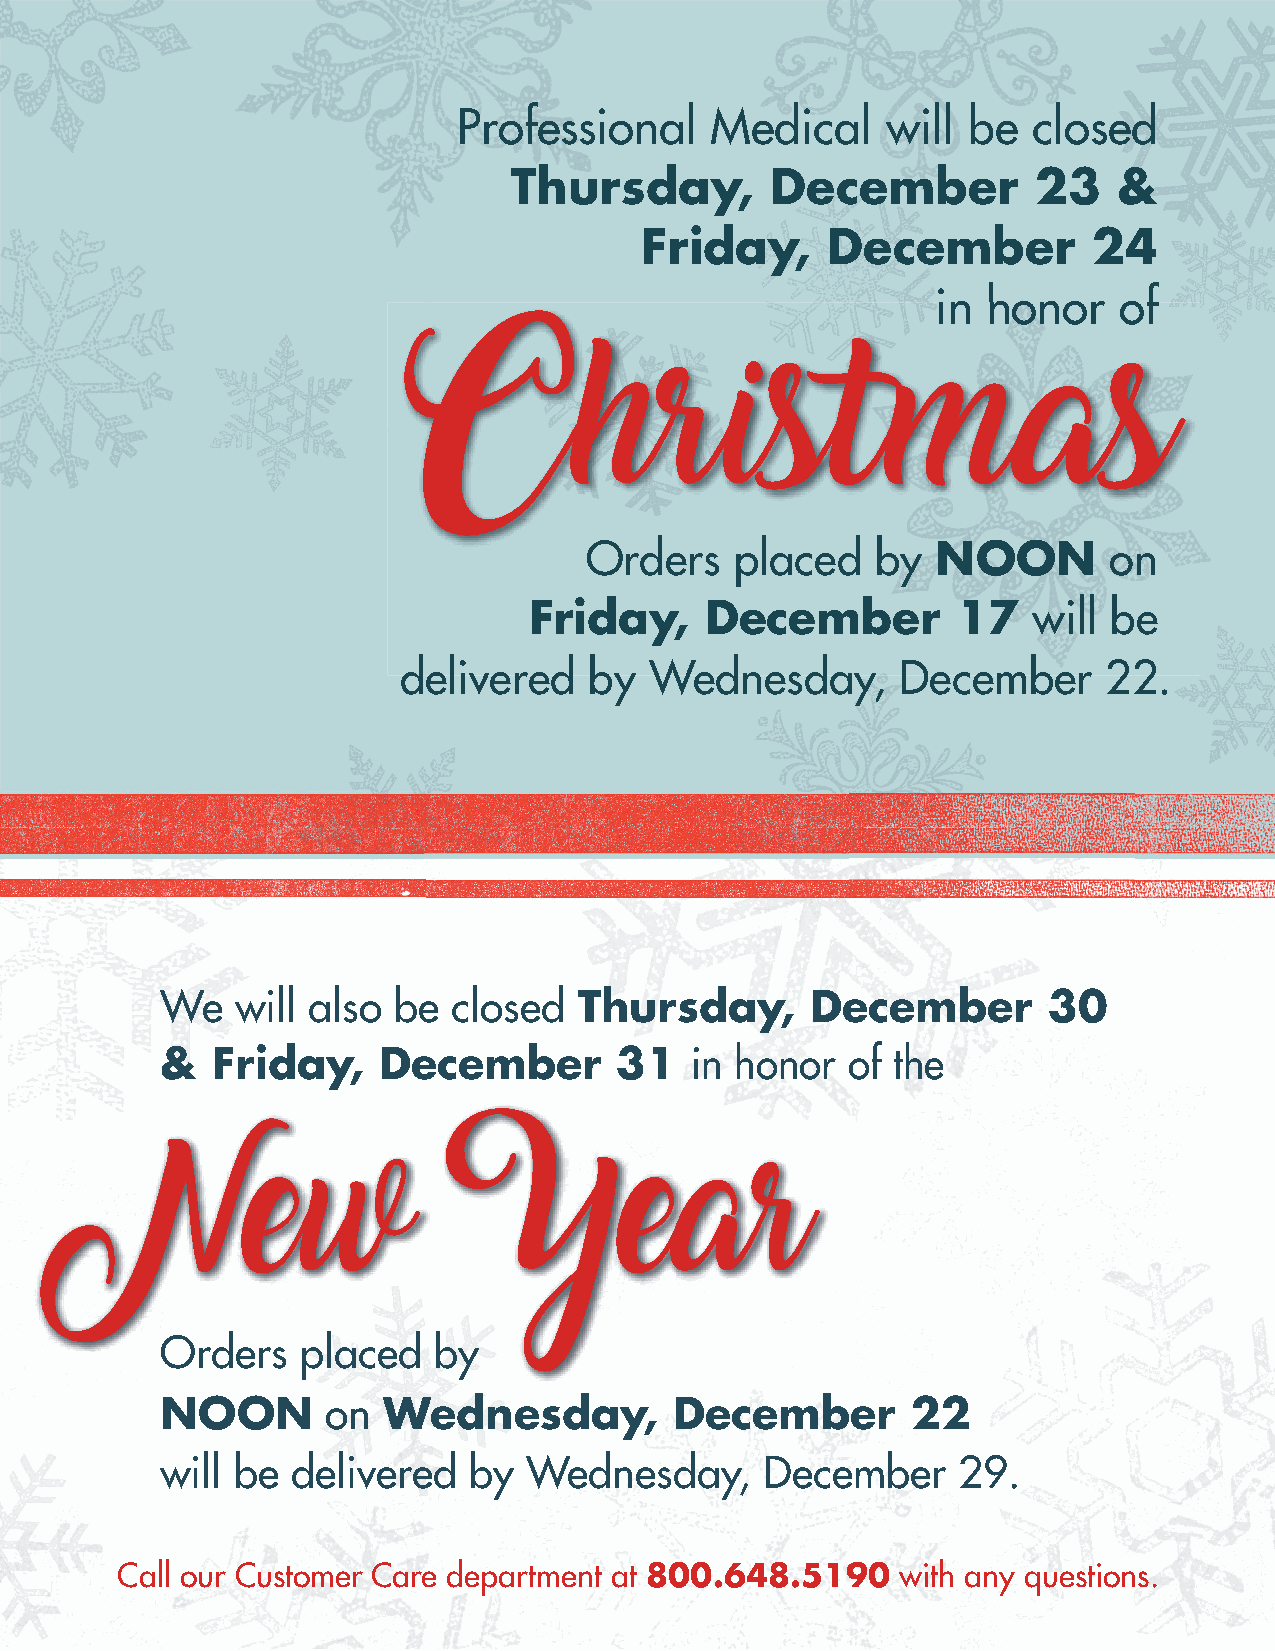
Professional     Medical     will be  closed
 Thursday,        December          23   &
 Friday,      December         24
 iinn hhoonnoorr ooff
 Christmas
 Orders    placed   by  NOON       on
 Friday,     December        17   will  be
 delivered    by  Wednesday,       December     22.
 We   will also be  closed  Thursday,       December       30
 &  Friday,    December        31   in honor  of the
 Orders   placed   by
 NOON       on Wednesday,          December       22
 will be delivered   by  Wednesday,      December    29.
 Call our Customer Care department at 800.648.5190   with any questions.